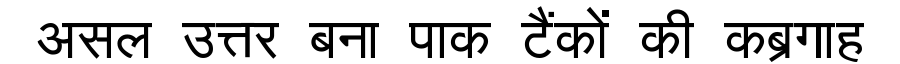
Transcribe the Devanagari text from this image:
असल उत्तर बना पाक टैंकों की कब्रगाह